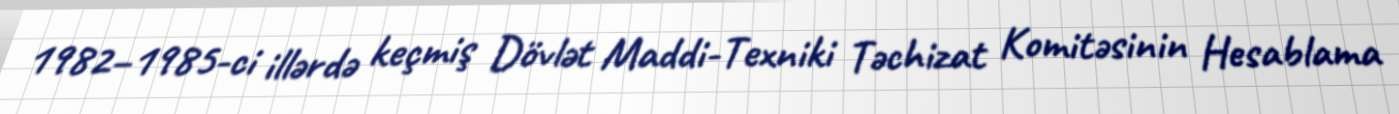
1982–1985-ci illərdə keçmiş Dövlət Maddi-Texniki Təchizat Komitəsinin Hesablama